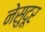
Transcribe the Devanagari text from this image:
नेसुदूर